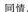
同情。